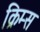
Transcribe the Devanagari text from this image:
क्रिम्स